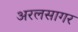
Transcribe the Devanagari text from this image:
अरलसागर